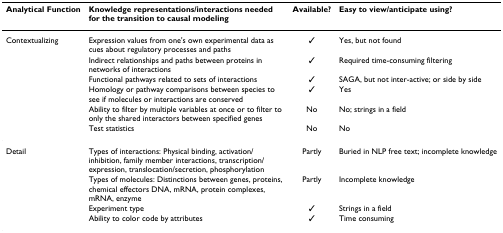
<table><thead><tr><td><b>Analytical Function</b></td><td><b>Knowledge representations/interactions needed for the transition to causal modeling</b></td><td><b>Available?</b></td><td><b>Easy to view/anticipate using?</b></td></tr></thead><tbody><tr><td>Contextualizing</td><td>Expression values from one&#x27;s own experimental data as cues about regulatory processes and paths</td><td>✓</td><td>Yes, but not found</td></tr><tr><td></td><td>Indirect relationships and paths between proteins in networks of interactions</td><td>✓</td><td>Required time-consuming filtering</td></tr><tr><td></td><td>Functional pathways related to sets of interactions</td><td>✓</td><td>SAGA, but not inter-active; or side by side</td></tr><tr><td></td><td>Homology or pathway comparisons between species to see if molecules or interactions are conserved</td><td>✓</td><td>Yes</td></tr><tr><td></td><td>Ability to filter by multiple variables at once or to filter to only the shared interactors between specified genes</td><td>No</td><td>No; strings in a field</td></tr><tr><td></td><td>Test statistics</td><td>No</td><td>No</td></tr><tr><td>Detail</td><td>Types of interactions: Physical binding, activation/inhibition, family member interactions, transcription/expression, translocation/secretion, phosphorylation</td><td>Partly</td><td>Buried in NLP free text; incomplete knowledge</td></tr><tr><td></td><td>Types of molecules: Distinctions between genes, proteins, chemical effectors DNA, mRNA, protein complexes, mRNA, enzyme</td><td>Partly</td><td>Incomplete knowledge</td></tr><tr><td></td><td>Experiment type</td><td>✓</td><td>Strings in a field</td></tr><tr><td></td><td>Ability to color code by attributes</td><td>✓</td><td>Time consuming</td></tr></tbody></table>